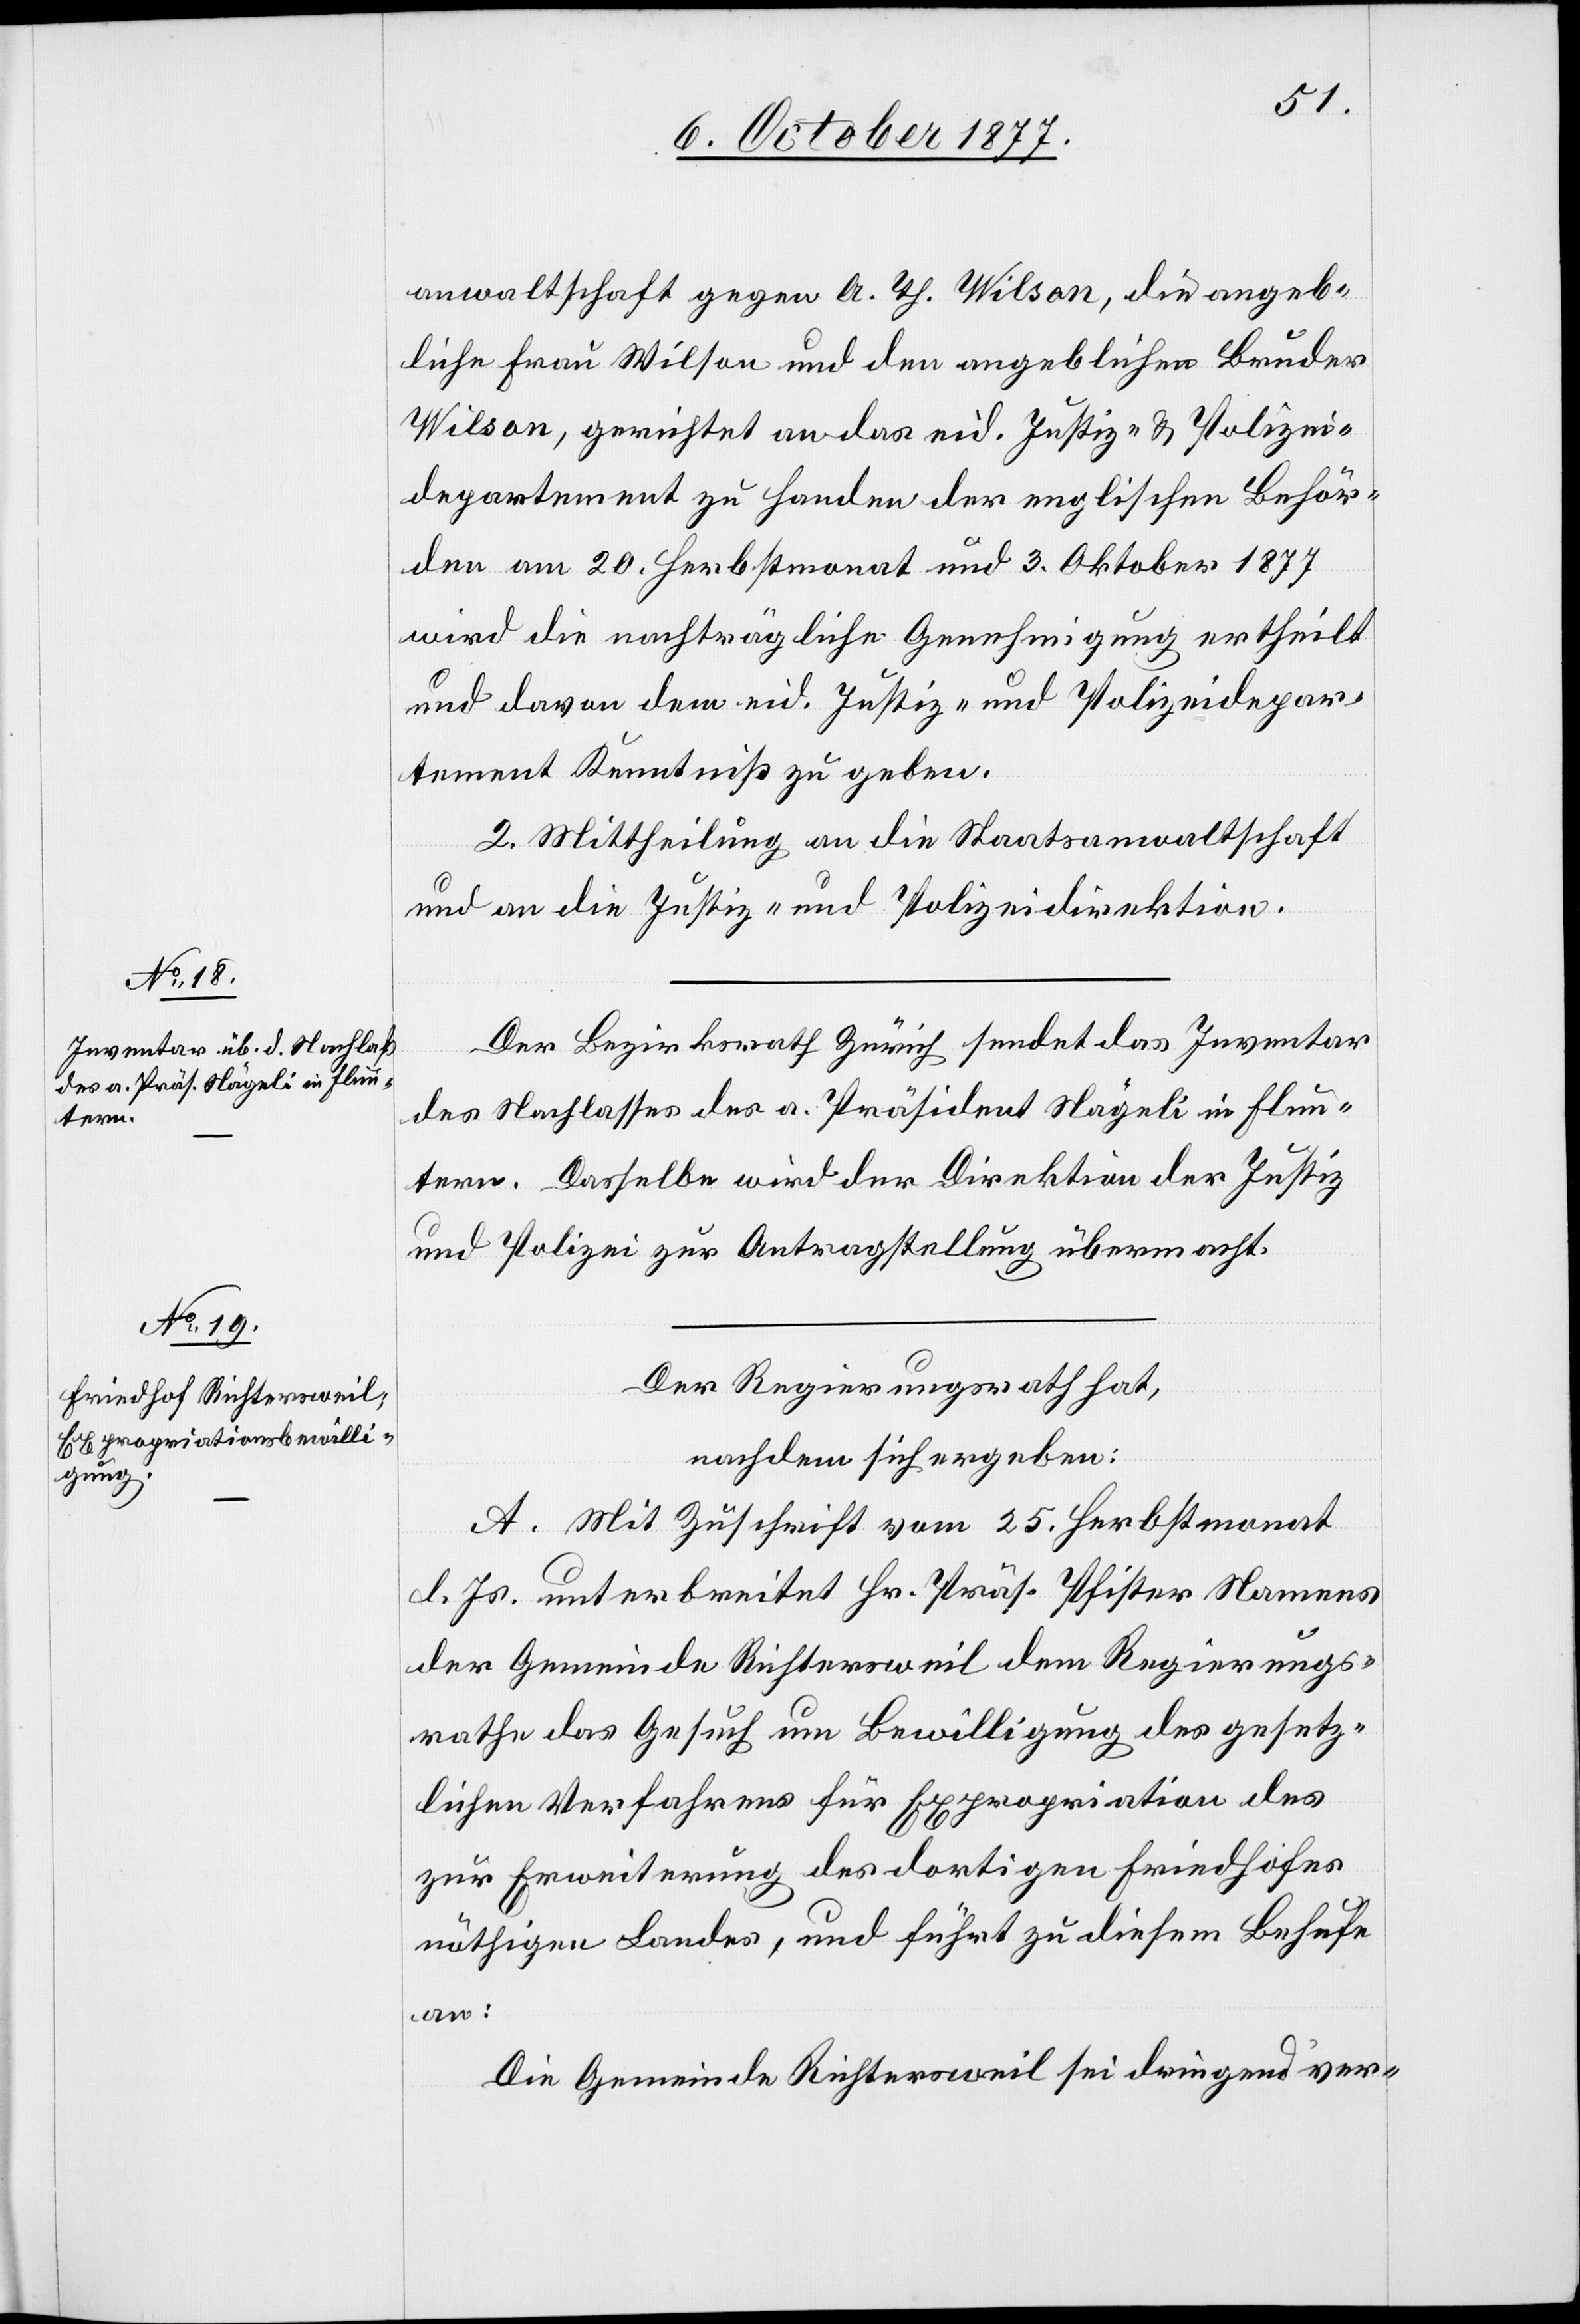
anwaltschaft gegen A. Th. Wilson, die angeb¬
liche Frau Wilson und den angeblichen Bruder
Wilson, gerichtet an das eid. Justiz- & Polizei¬
departement zu Handen der englischen Behör¬
den am 20. Herbstmonat und 3. Oktober 1877
wird die nachträgliche Genehmigung ertheilt
[ist] davon dem eid. Justiz- und Polizeidepar¬
tement Kenntniß zu geben.
2. Mittheilung an die Staatsanwaltschaft
und an die Justiz- und Polizeidirektion.
Der Bezirksrath Zürich sendet das Inventar
des Nachlasses des a. Präsident Nägeli in Flun¬
tern. Dasselbe wird der Direktion der Justiz
und Polizei zur Antragstellung übermacht.
Der Regierungsrath hat,
nachdem sich ergeben:
A. Mit Zuschrift vom 25. Herbstmonat
l. Js. unterbreitet Hr. Präs. Pfister Namens
der Gemeinde Richtersweil dem Regierungs¬
rathe das Gesuch um Bewilligung des gesetz¬
lichen Verfahrens für Expropriation des
zur Erweiterung des dortigen Friedhofes
nöthigen Landes, und führt zu diesem Behufe
an:
Die Gemeinde Richtersweil sei dringend ver-